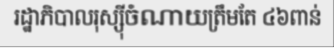
រដ្ឋាភិបាលរុស្ស៊ីចំណាយត្រឹមតែ ៤៦ពាន់